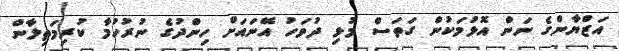
އަޒްޔާންގެ ނަން އޮޅުމަކުން ގަތަސް މުޅި ދުވަހު އޭނައަށް ހިންދުގެ ނުރުހުމާ ކުރިމަތިލާން